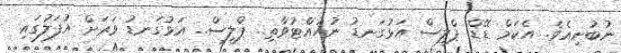
ނުބުނިއެވެ. އެކަމް ޑޭޑް ޕްލީސް އަޅުގަނޑު ނުހުއްޓުވާތި.. ޕްލީސް.. އަޅުގަނޑު ވަރަށް އުފަލުގައި